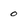
Character: 0